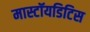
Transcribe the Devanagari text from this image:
मास्टॉयडिटिस